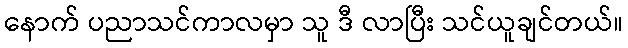
နောက် ပညာသင်ကာလမှာ သူ ဒီ လာပြီး သင်ယူချင်တယ်။